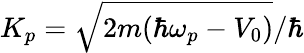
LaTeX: K_{p}=\sqrt{2m(\hbar\omega_{p}-V_{0})}/\hbar